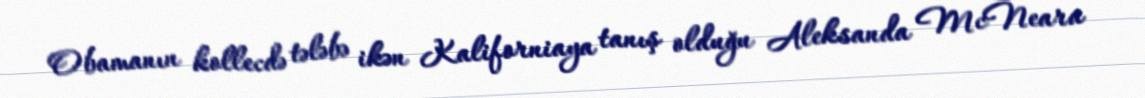
Obamanın kollecdə tələbə ikən Kaliforniaya tanış olduğu Aleksanda McNeara